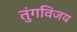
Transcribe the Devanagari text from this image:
तुंगविजय